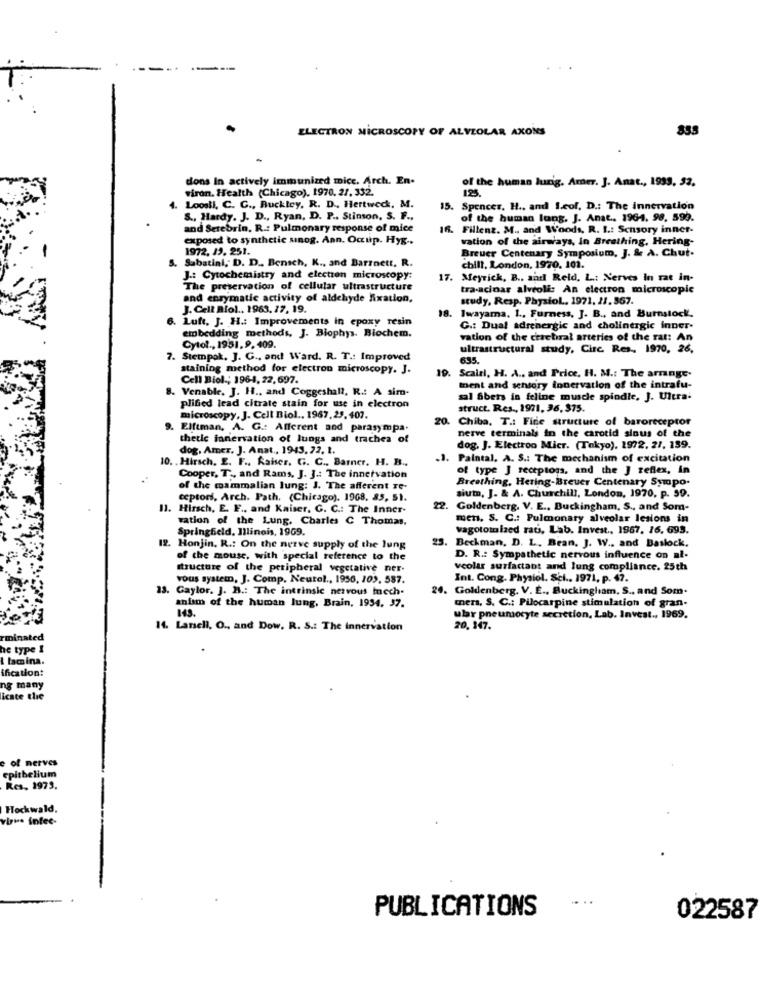
ELECTRON MICROSCOPY OF ALVEOLAR AXONS
855
dons In actively immunized mice. Arch. En.
of the human lurig. Amer. J. Anat ., 1999, 52.
viron. Health (Chicago). 1970, 27. 332.
125.
Loosll, C. C ., Buckley, R. D ., Hertweck. M.
15. Spencer, H ., and I.cof. D .: The innervation
S ., Hardy. J. D ., Ryan, D. P .. Stinson, S. F .,
of the human long. J. Anat. 1964. 98. 599.
and Setebrin. R .: Pulmonary response of mice
16. Fillenz. M ., and Woods, R. I .: Sensory inner-
exposed to synthetic sinog. Ann. Occup. Hyg ..
vation of the airways, in Breathing, Hering-
1972. 13. 251.
Breuer Centenary Symposium, J. & A. Chut.
5. Sabatial, D. D ., Bensch, K ., and Barrett, R.
chill, London, 1970. 101.
J .: Cytochemistry and electron microscopy:
17. Meyrick, B .. sarl Reid, L .: Nerves In rat in-
The preservation of cellular ultrastructure
tra-acinar alveoli: An electron microscopic
and enzymatic activity of aldehyde fixation,
study, Resp. PhysioL. 1971. 21. 367.
J. Cell Biol ., 1963. 17, 19.
. Luft, J. H .: Improvements in epoxy resin
18. Iwayama. 1 ., Furness, J. B ., and Burnstock.
embedding methods, J. Biophys. Biochem.
G .: Dual adrenergic and cholinergic inner-
vation of the cerebral arteries of the rat: An
Cytol ., 1951, 9, 409.
ultrastructural study, Circ Res ., 1970, 26,
7. Stempok, J. G ., and Ward. R. T .: Improved
635.
staining method for electron microscopy. J.
19. Scairl, H. A ., and Price, H. M .: The arrange.
Cell Biol .; 1964, 22, 697.
. Venable, J. H ., and Coggeshall, R .: A sim-
ment and schtory ionervation of the intrafu-
sal Sbers in feline muscle spindle, J. Ultra-
plified lead citrate stain for use in electron
struct. Res ., 1971, 36, $75.
microscopy, J. Cell Biol .. 1967, 29, 407.
20. Chiba. T .: Fine structure of baroreceptor
Elftman, A. G .: Afferent and parasympa.
thetle innervation of lungs and trachea of
nerve terminals in the carotid sinus of the
dog, Amer. J. Anat ., 1943. 22. 1.
dog, J. Electroo Micr. (Tokyo). 1972. 27, 139.
10. . Hirsch. E. F ., kaiser. G. C ., Barner. H. B ..
.J. Paintal. A. S .: The mechanism of excitation
of type J receptogs, and the J reflex, in
Cooper, T ., and Rams, J. J .: The innervation
Breathing, Hering-Breuer Centenary Sympo-
of the mammalian lung: J. The afferent re-
ceptors, Arch. Path. (Chicago). 1968. 83, 51.
sium, J. & A. Churchill, London, 1970, p. 59.
11. Hirsch, E. F ., and Kaiser, G. C .: The Inner-
22.
Goldenberg. V. E ., Buckingham, S ., and Som-
ration of the Lung. Charles C Thomas.
men, S. C .: Pulmonary alveolar lesions in
Springfield, Illinois, 1969.
vagotomized rats, Lab. Invest ., 1967. 16, 693.
23.
Beckman, D. L. Bean, J. W ., and Baslock.
12. Honjin, R .: On the nerve supply of the lung
of the mouse, with special reference to the
D. R .: Sympathetic nervous influence on al-
structure of the peripheral vegetative ner-
vcolar surfactant and lung compliance. 25th
vous system, J. Comp. Neutel ., 1956, 103, 587.
Int. Cong. Physiol. Sci .. 1971, p. 47.
13. Gaylor. J. B .: The intrinsic nervous mech.
. Goldenberg. V. E ., Buckingham, S ., and Som.
anism of the human Jung, Brain, 1934, 37.
mers, S. C .: Pilocarpine stimulation of gran.
ular pneumocyte secretion, Lab. Invest ., 1969.
14. Lanell, O ., and Dow. R. S .: The innervation
20, 147.
he type 1
mina.
ification!
ng many
icate the
e of nerves
epithelium
Res, 1973.
Hockwald,
viru. intec-
...
PUBLICATIONS
022587